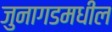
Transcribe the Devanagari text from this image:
जुनागडमधील